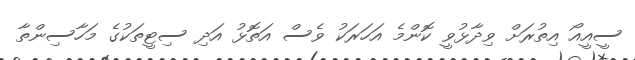
ސީއީއޯ އިތުރަށް ވިދާޅުވީ ކޮންމެ އަހަރަކު ވެސް އަތޮޅު އަދި ސިޓީތަކުގެ މަހާސިންތާ